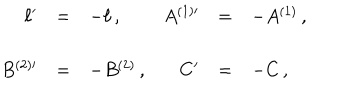
\begin{array} { r c l r c l } { { \ell ^ { \prime } } } & { { = } } & { { - \ell \, , \hspace { 1 . 5 c m } } } & { { A ^ { ( 1 ) \prime } } } & { { = } } & { { - A ^ { ( 1 ) } \, , } } \\ { { } } & { { } } & { { } } & { { } } & { { } } & { { } } \\ { { B ^ { ( 2 ) \prime } } } & { { = } } & { { - B ^ { ( 2 ) } \, , } } & { { C ^ { \prime } } } & { { = } } & { { - C \, , } } \\ \end{array}